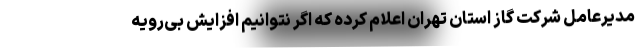
مدیرعامل شرکت گاز استان تهران اعلام کرده که اگر نتوانیم افزایش بی‌رویه